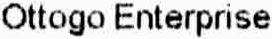
OTTOGO ENTERPRISE